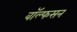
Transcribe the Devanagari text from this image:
वॉल्फसन